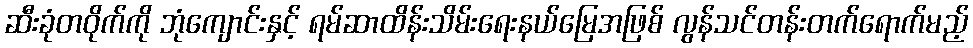
ဆီးခုံတဝိုက်ကို ဘုံကျောင်းနှင့် ရမ်ဆာထိန်းသိမ်းရေးနယ်မြေအဖြစ် လွန်သင်တန်းတက်ရောက်မည့်